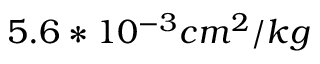
5 . 6 * 1 0 ^ { - 3 } c m ^ { 2 } / k g